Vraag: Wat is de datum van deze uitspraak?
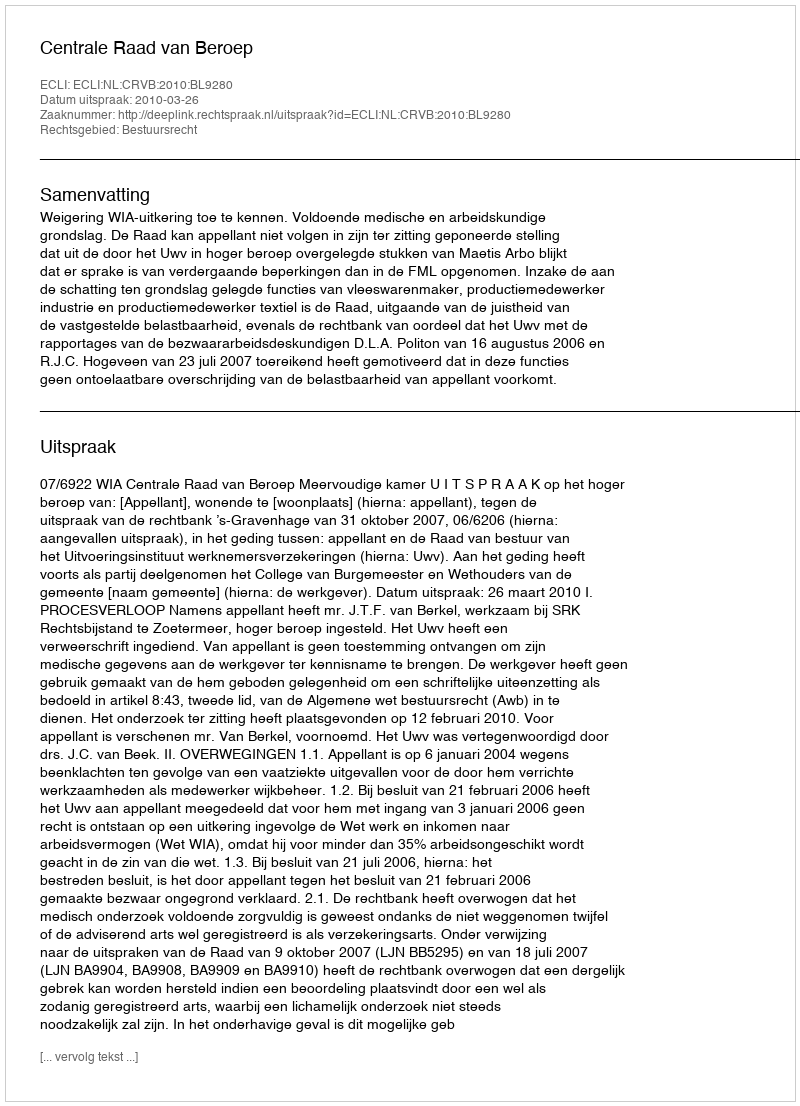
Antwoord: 2010-03-26